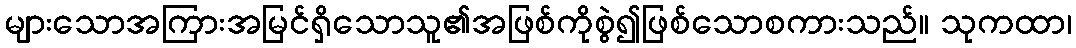
များသောအကြားအမြင်ရှိသောသူ၏အဖြစ်ကိုစွဲ၍ဖြစ်သောစကားသည်။ သုကထာ၊